Leaving Certificate Examination, 1911
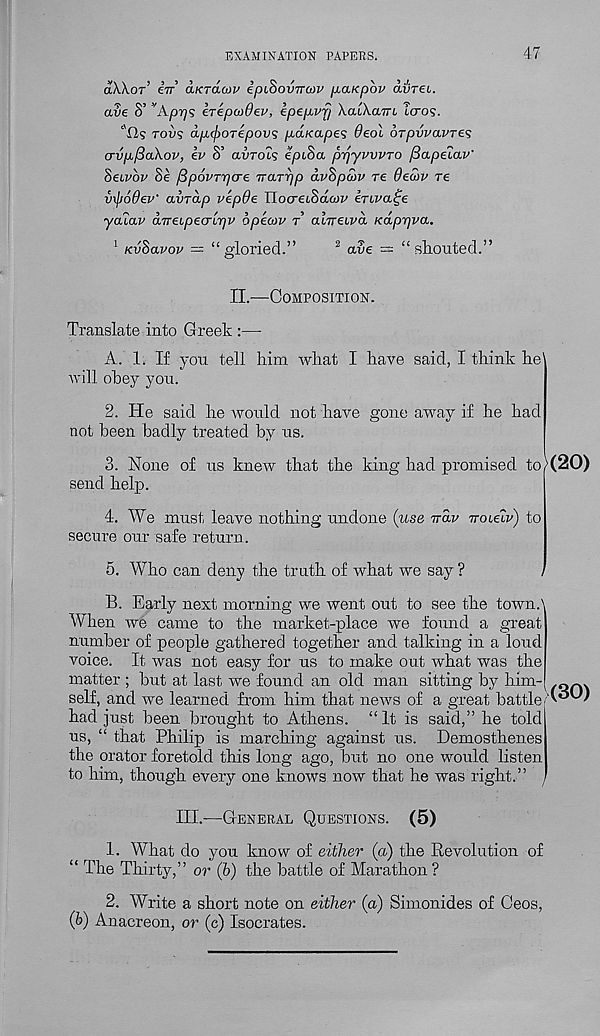
EXAMINATION PAPERS.
47
aXXor’ iir aKrdcov ifuSovirow jiaKpop duret.
ave S’ ’'Aprjs erepcoOep, epepvfj kaikairi laos.
c 'fis rot)? ap(f)OTepov<; p^aKapes deol oTpvvavTes
crvafiaXov, ev S’ o.vto'is epiha frqyvvvTO fiapeiav'
Seivbv Se fipovTrjcre TraTrjp avhpojv re deSiv re
vxfjodev' avTap vepde TlocreiSdcov invade
yaiav aTreipecripv bpeav t ahreiva Kd,pr]va..
1 Kvhavov = “gloried.”
2 aSe = “ shouted.”
II.—Composition.
Translate into Greek :—
A. 1. If you tell him what I have said, I think he’
will obey you.
2. He said he would not have gone away if he had
not been badly treated by us.
3. None of us knew that the king had promised to}(20)
send help.
4. We must leave nothing undone (use vdv iroielv) to
secure our safe return.
5. Who can deny the truth of what we say ?
B. Early next morning we went out to see the town.\
When we came to the market-place we found a great
number of people gathered together and talking in a loud
voice. It was not easy for us to make out what was the
matter ; but at last we found an old man sitting by him-
self, and we learned from him that news of a great battle
had just been brought to Athens. “It is said,” he told
us, “ that Philip is marching against us. Demosthenes
the orator foretold this long ago, but no one would listen
to him, though every one knows now that he was right.”
(30)
III.—General Questions. (5)
1. What do you know of either (a) the Revolution of
“ The Thirty,” or (b) the battle of Marathon?
2. Write a short note on either (a) Simonides of Ceos,
(b) Anacreon, or (c) Isocrates.